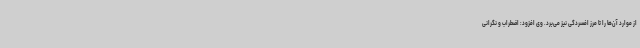
از موارد آن‌ها را تا مرز افسردگی نیز می‌برد. وی افزود: اضطراب و نگرانی